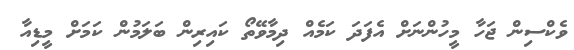
ވެކްސިން ޖަހާ މީހުންނަށް އެފަދަ ކަމެއް ދިމާވޭތޯ ކައިރިން ބަލަމުން ކަމަށް މީޑިއާ